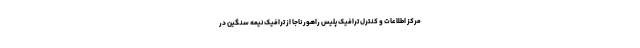
مرکز اطلاعات و کنترل ترافیک پلیس راهور ناجا از ترافیک نیمه سنگین در